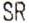
SR